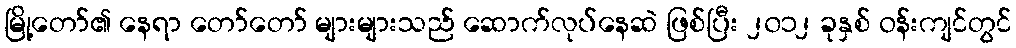
မြို့တော်၏ နေရာ တော်တော် များများသည် ဆောက်လုပ်နေဆဲ ဖြစ်ပြီး ၂၀၁၂ ခုနှစ် ဝန်းကျင်တွင်